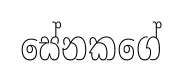
සේනකගේ